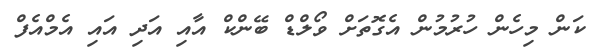
ކަން މިހެން ހުރުމުން އެގޮތަށް ވޯލްޑް ބޭންކް އާއި އަދި އައި އެމްއެފް